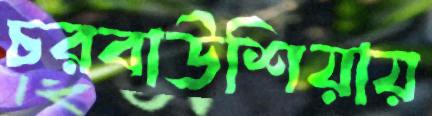
চরবাউশিয়ায়